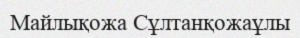
Майлықожа Сұлтанқожаұлы